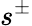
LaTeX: s^{\pm}